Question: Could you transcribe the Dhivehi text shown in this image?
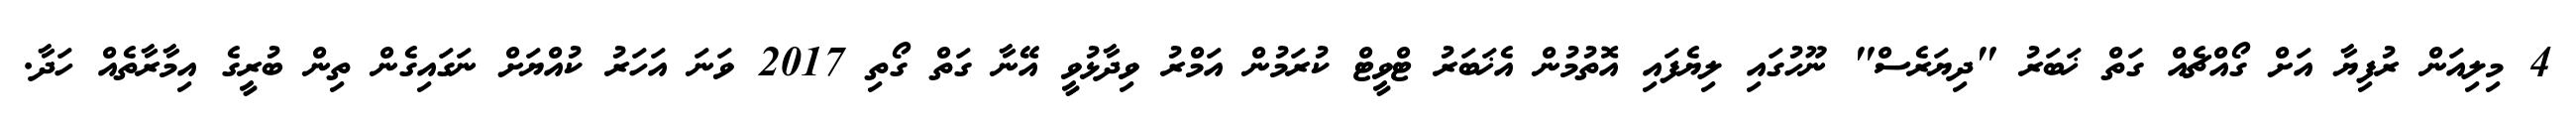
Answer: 4 މިލިއަން ރުފިޔާ އަށް ގޯއްޗެއް ގަތް ޚަބަރު "ދިޔަރެސް" ނޫހުގައި ލިޔެފައި އޮތުމުން އެޚަބަރު ޓްވީޓް ކުރަމުން އަމްރު ވިދާޅުވީ އޭނާ ގަތް ގޯތި 2017 ވަނަ އަހަރު ކުއްޔަށް ނަގައިގެން ތިން ބުރީގެ އިމާރާތެއް ހަދާ.